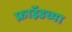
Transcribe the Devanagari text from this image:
फ्राॅइडच्या